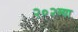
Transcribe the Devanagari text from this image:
२०२व्या